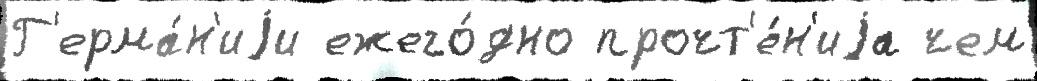
Г'ерма́н'иjи ежего́дно прочт'е́н'иjа чем